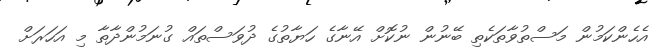
އެހެންކަމުން މަސްތުވާތަކެތި ބޭނުން ނުކޮށް އޭނާގެ ހަޔާތުގެ ދުވަސްތައް ގުނަމުންދާތާ މި އަހަރަށް